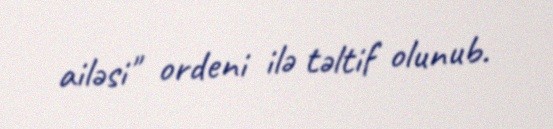
ailəsi" ordeni ilə təltif olunub.